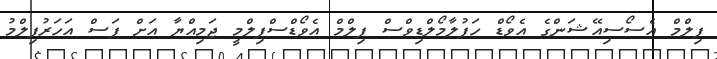
ފިލްމް އެސޯސިއޭޝަންގެ އެވޯޑް ހަފުލާމޯލްޑިވްސް ފިލްމް އެވޯޑްސްފިލްމީ ޖަމިއްޔާ އަށް ފަސް އަހަރުފިލްމު